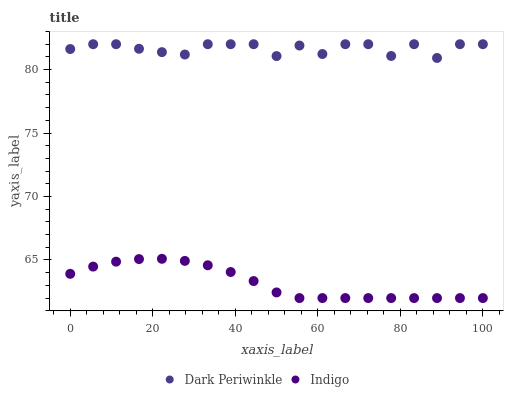
| xaxis_label | Dark Periwinkle | Indigo |
 | --- | --- | --- |
 | 0 | 81.6 | 63.9 |
 | 5.56 | 82 | 64.5 |
 | 11.1 | 82 | 64.9 |
 | 16.7 | 81.6 | 65.1 |
 | 22.2 | 81.4 | 65.1 |
 | 27.8 | 81.2 | 64.9 |
 | 33.3 | 82 | 64.6 |
 | 38.9 | 82 | 64.1 |
 | 44.4 | 82 | 63.3 |
 | 50 | 81.1 | 62.4 |
 | 55.6 | 81.9 | 62 |
 | 61.1 | 81.2 | 62 |
 | 66.7 | 82 | 62 |
 | 72.2 | 82 | 62 |
 | 77.8 | 81.1 | 62 |
 | 83.3 | 82 | 62 |
 | 88.9 | 80.9 | 62 |
 | 94.4 | 82 | 62 |
 | 100 | 82 | 62 |